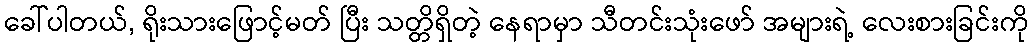
ခေါ်ပါတယ်, ရိုးသားဖြောင့်မတ် ပြီး သတ္တိရှိတဲ့ နေရာမှာ သီတင်းသုံးဖော် အများရဲ့ လေးစားခြင်းကို